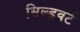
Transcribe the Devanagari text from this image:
सिल्डवर्ट